Lunatic asylums United Provinces 1909-1921 - 1909-1921
Year: 1909
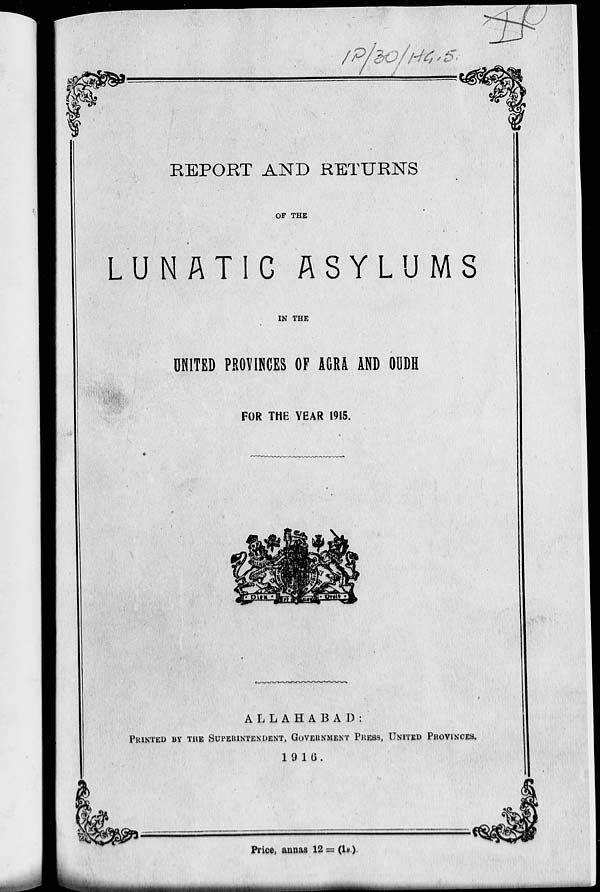
REPORT AND RETURNS
OF THE
LUNATIC ASYLUMS
IN THE
UNITED PROVINCES OF AGRA AND OUDH
FOR THE YEAR 1915.
ALLAHABAD:
PRINTED BY THE SUPERINTENDENT, GOVERNMENT PRESS, UNITED PROVINCES.
1916.
Price, annas 12= (1s.).